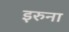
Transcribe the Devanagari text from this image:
इरुना